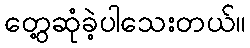
တွေ့ဆုံခဲ့ပါသေးတယ်။